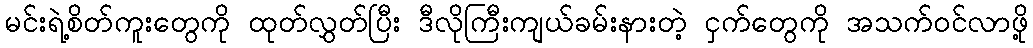
မင်းရဲ့စိတ်ကူးတွေကို ထုတ်လွှတ်ပြီး ဒီလိုကြီးကျယ်ခမ်းနားတဲ့ ငှက်တွေကို အသက်ဝင်လာဖို့